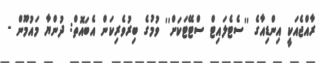
ރާއްޖެއަކީ އިންޑިއާގެ ''ސެޓެލައިޓް ސްޓޭޓަކަށް'' ވުމުގެ ބިރުވެރިކަން އެބައޮތް: ދުންޔާ މައުމޫން -